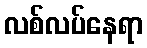
လစ်လပ်နေရာ